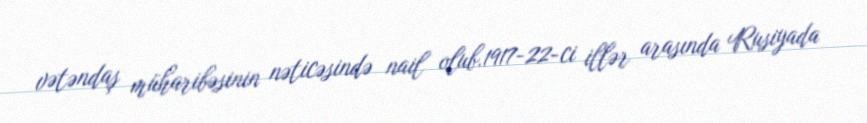
vətəndaş müharibəsinin nəticəsində nail olub.1917-22-ci illər arasında Rusiyada